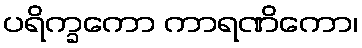
ပရိက္ခကော ကာရဏိကော၊